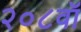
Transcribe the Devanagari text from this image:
२०८वॉ